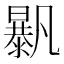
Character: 𣋰